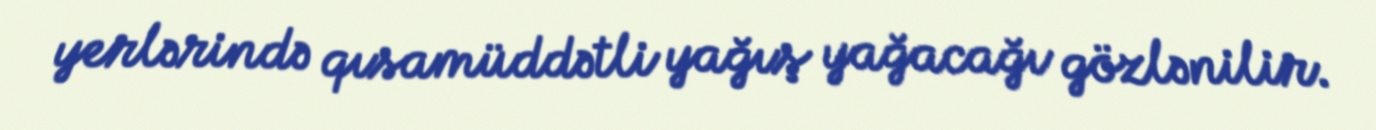
yerlərində qısamüddətli yağış yağacağı gözlənilir.